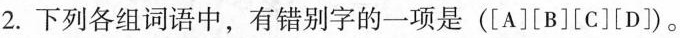
2.下列各组词语中，有错别字的一项是([A][B][C][D])。